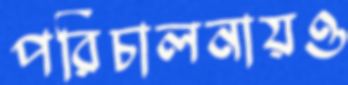
পরিচালনায়ও